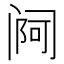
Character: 𬮰